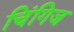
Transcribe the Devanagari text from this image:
चिंगिज